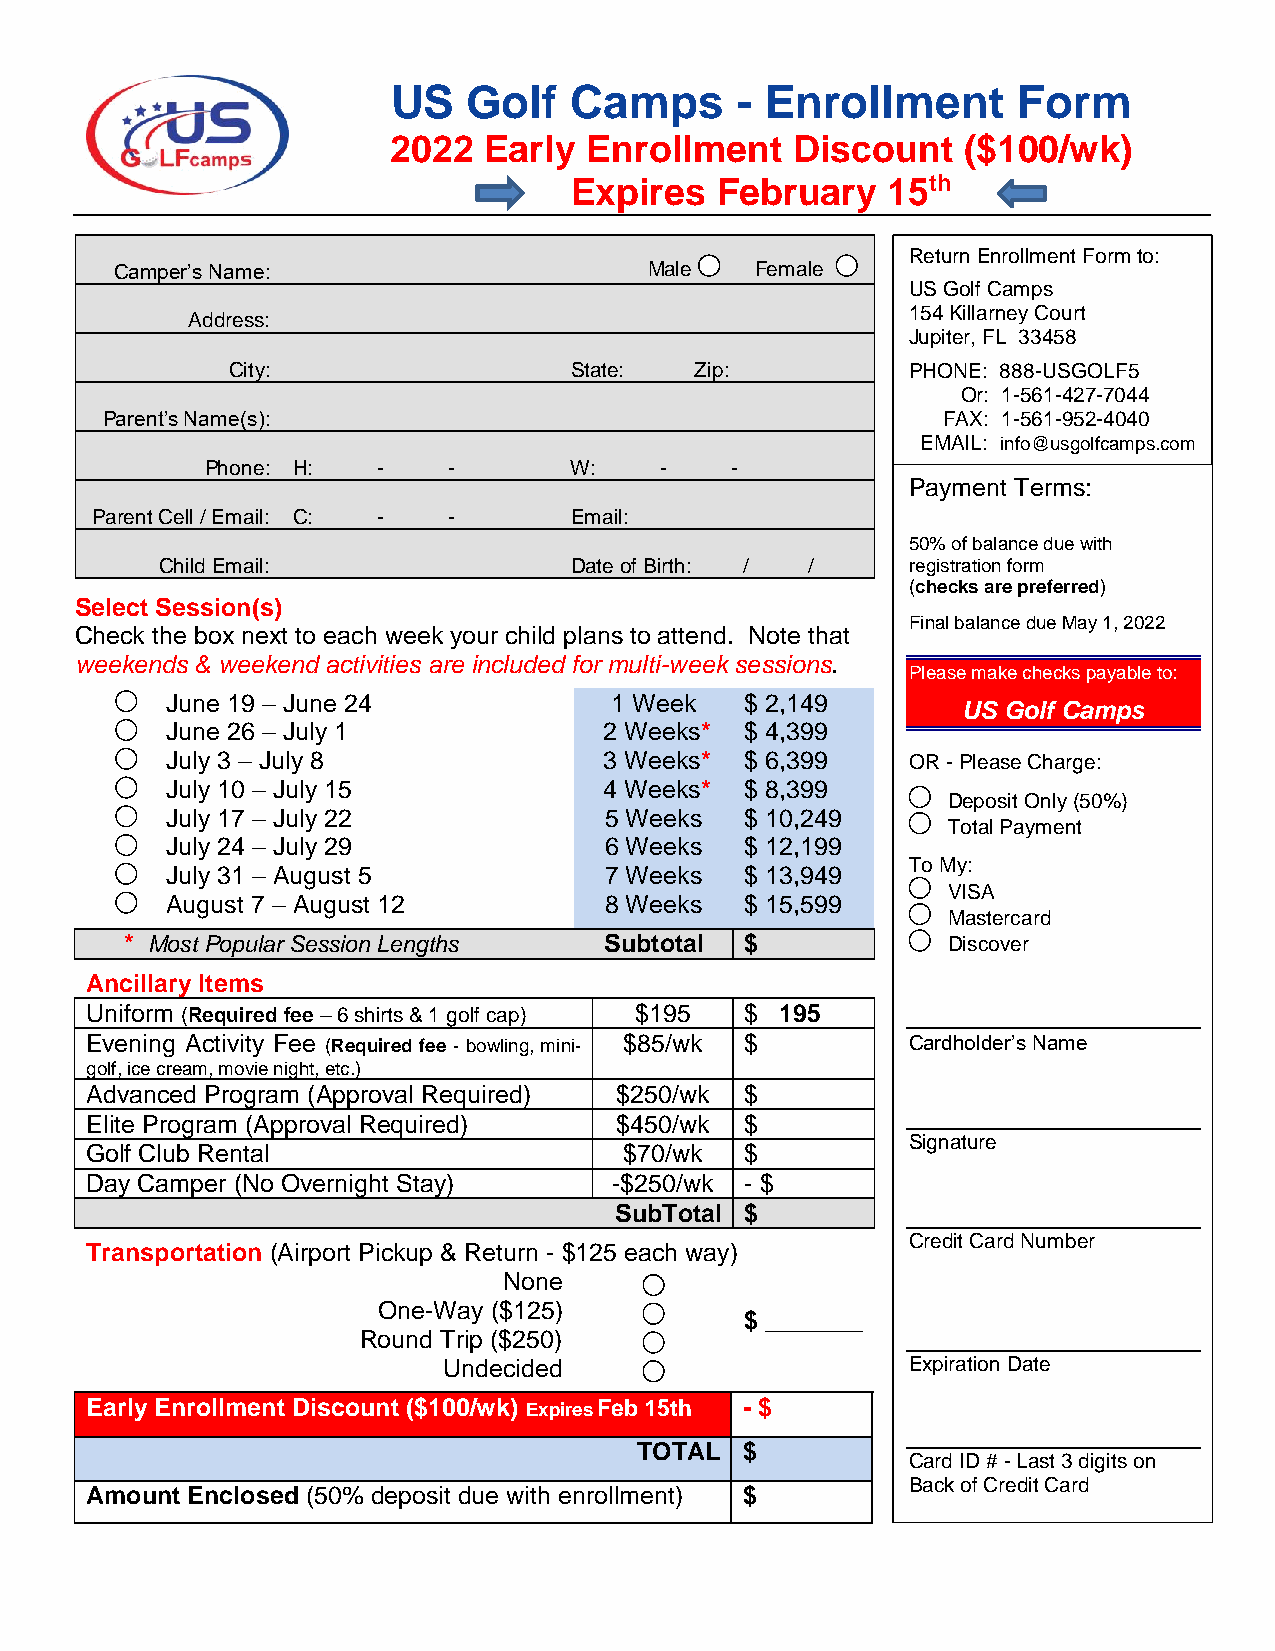
US   Golf   Camps      - Enrollment      Form
 2022  Early  Enrollment   Discount    ($100/wk)
 Expires  February    15th
 Return Enrollment Form to:
 Camper’s Name:                     Male   Female
 US Golf Camps
 154 Killarney Court
 Address:
 Jupiter, FL 33458
 City:                  State:  Zip:          PHONE: 888-USGOLF5
 Or: 1-561-427-7044
 Parent’s Name(s):                                      FAX: 1-561-952-4040
 EMAIL: info@usgolfcamps.com
 Phone: H:  -    -       W:    -   -
 Payment Terms:
 Parent Cell / Email: C: - -     Email:
 50% of balance due with
 Child Email:               Date of Birth: / /    registration form
 (checks are preferred)
 Select Session(s)
 Final balance due May 1, 2022
 Check the box next to each week your child plans to attend. Note that
 weekends & weekend activities are included for multi-week sessions.
 Please make checks payable to:
 June 19 – June 24            1 Week   $ 2,149
 US Golf Camps
 June 26 – July 1             2 Weeks* $ 4,399
 July 3 – July 8              3 Weeks* $ 6,399    OR - Please Charge:
 July 10 – July 15            4 Weeks* $ 8,399
 Deposit Only (50%)
 July 17 – July 22            5 Weeks  $ 10,249
 Total Payment
 July 24 – July 29            6 Weeks  $ 12,199
 To My:
 July 31 – August 5           7 Weeks  $ 13,949
 VISA
 August 7 – August 12         8 Weeks  $ 15,599
 Mastercard
 * Most Popular Session Lengths  Subtotal $             Discover
 Ancillary Items
 Uniform (Required fee – 6 shirts & 1 golf cap) $195 $ 195
 Evening Activity Fee (Required fee - bowling, mini- $85/wk $ Cardholder’s Name
 golf, ice cream, movie night, etc.)
 Advanced Program (Approval Required) $250/wk $
 Elite Program (Approval Required)  $450/wk $
 Signature
 Golf Club Rental                   $70/wk  $
 Day Camper (No Overnight Stay)     -$250/wk - $
 SubTotal $
 Credit Card Number
 Transportation (Airport Pickup & Return - $125 each way)
 None
 One-Way ($125)
 $ _______
 Round Trip ($250)
 Undecided                      Expiration Date
 Early Enrollment Discount ($100/wk) Expires Feb 15th - $
 TOTAL  $
 Card ID # - Last 3 digits on
 Back of Credit Card
 Amount Enclosed (50% deposit due with enrollment) $